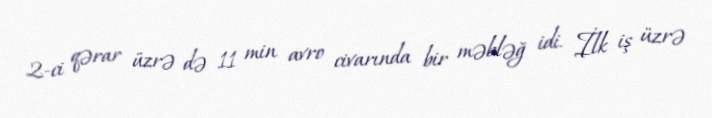
2-ci qərar üzrə də 11 min avro civarında bir məbləğ idi. İlk iş üzrə